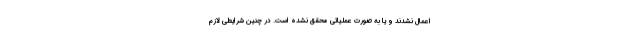
اعمال نشدند و یا به صورت عملیاتی محقق نشده است. در چنین شرایطی لازم